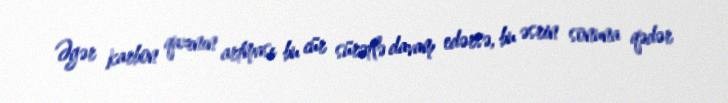
Əgər karbon qazının artması bu cür sürətlə davam edərsə, bu əsrin sonuna qədər